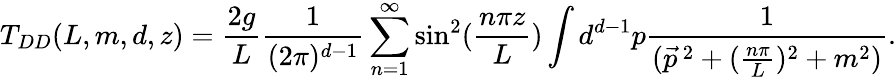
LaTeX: T_{DD}(L,m,d,z)=\frac{2g}{L}\frac{1}{(2\pi)^{d-1}}\sum_{n=1}^{\infty}\sin^{2}(\frac{n\pi z}{L})\int d^{d-1}p\frac{1}{(\vec{p}^{\, 2}+(\frac{n\pi}{L})^{2}+m^{2})}.